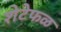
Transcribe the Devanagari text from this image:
शेटेफळ